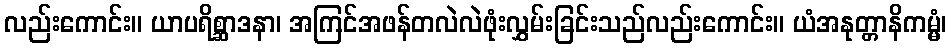
လည်းကောင်း။ ယာပရိစ္ဆာဒနာ၊ အကြင်အဖန်တလဲလဲဖုံးလွှမ်းခြင်းသည်လည်းကောင်း။ ယံအနုတ္တာနိကမ္မံ၊